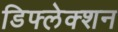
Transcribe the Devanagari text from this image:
डिफ्लेक्शन